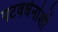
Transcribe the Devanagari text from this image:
पटवर्धनांशी